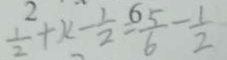
\frac { 1 ^ { 2 } } { 2 } + x - \frac { 1 } { 2 } = ^ { 6 } \frac { 5 } { 6 } - \frac { 1 } { 2 }